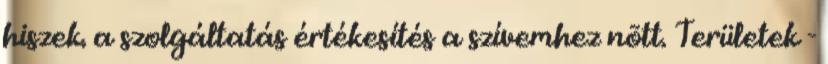
hiszek. a szolgáltatás értékesítés a szívemhez nõtt. Területek -